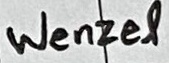
Text: Wenzel